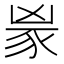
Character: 𬤼